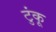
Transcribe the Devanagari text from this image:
टुंकू